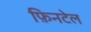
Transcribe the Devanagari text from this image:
फ़िनटेल